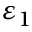
\varepsilon _ { 1 }